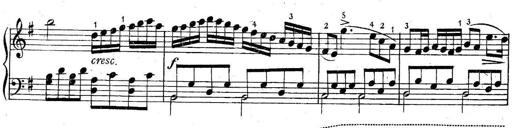
Title: 6 Easy Sonatinas
Composer: Carl Czerny